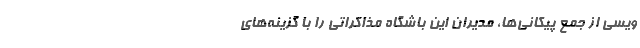
ویسی از جمع پیکانی‌ها، مدیران این باشگاه مذاکراتی را با گزینه‌های